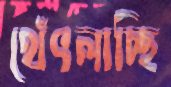
থেঁৎলাচ্ছি